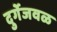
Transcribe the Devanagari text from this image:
दुर्गेजवळ